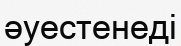
әуестенеді